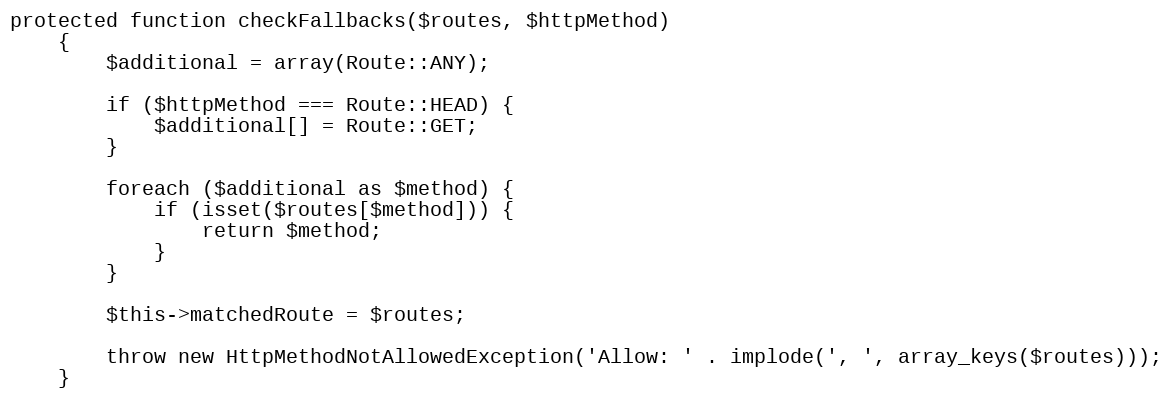
Language: PHP
protected function checkFallbacks($routes, $httpMethod)
    {
        $additional = array(Route::ANY);

        if ($httpMethod === Route::HEAD) {
            $additional[] = Route::GET;
        }

        foreach ($additional as $method) {
            if (isset($routes[$method])) {
                return $method;
            }
        }

        $this->matchedRoute = $routes;

        throw new HttpMethodNotAllowedException('Allow: ' . implode(', ', array_keys($routes)));
    }